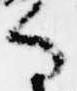
る